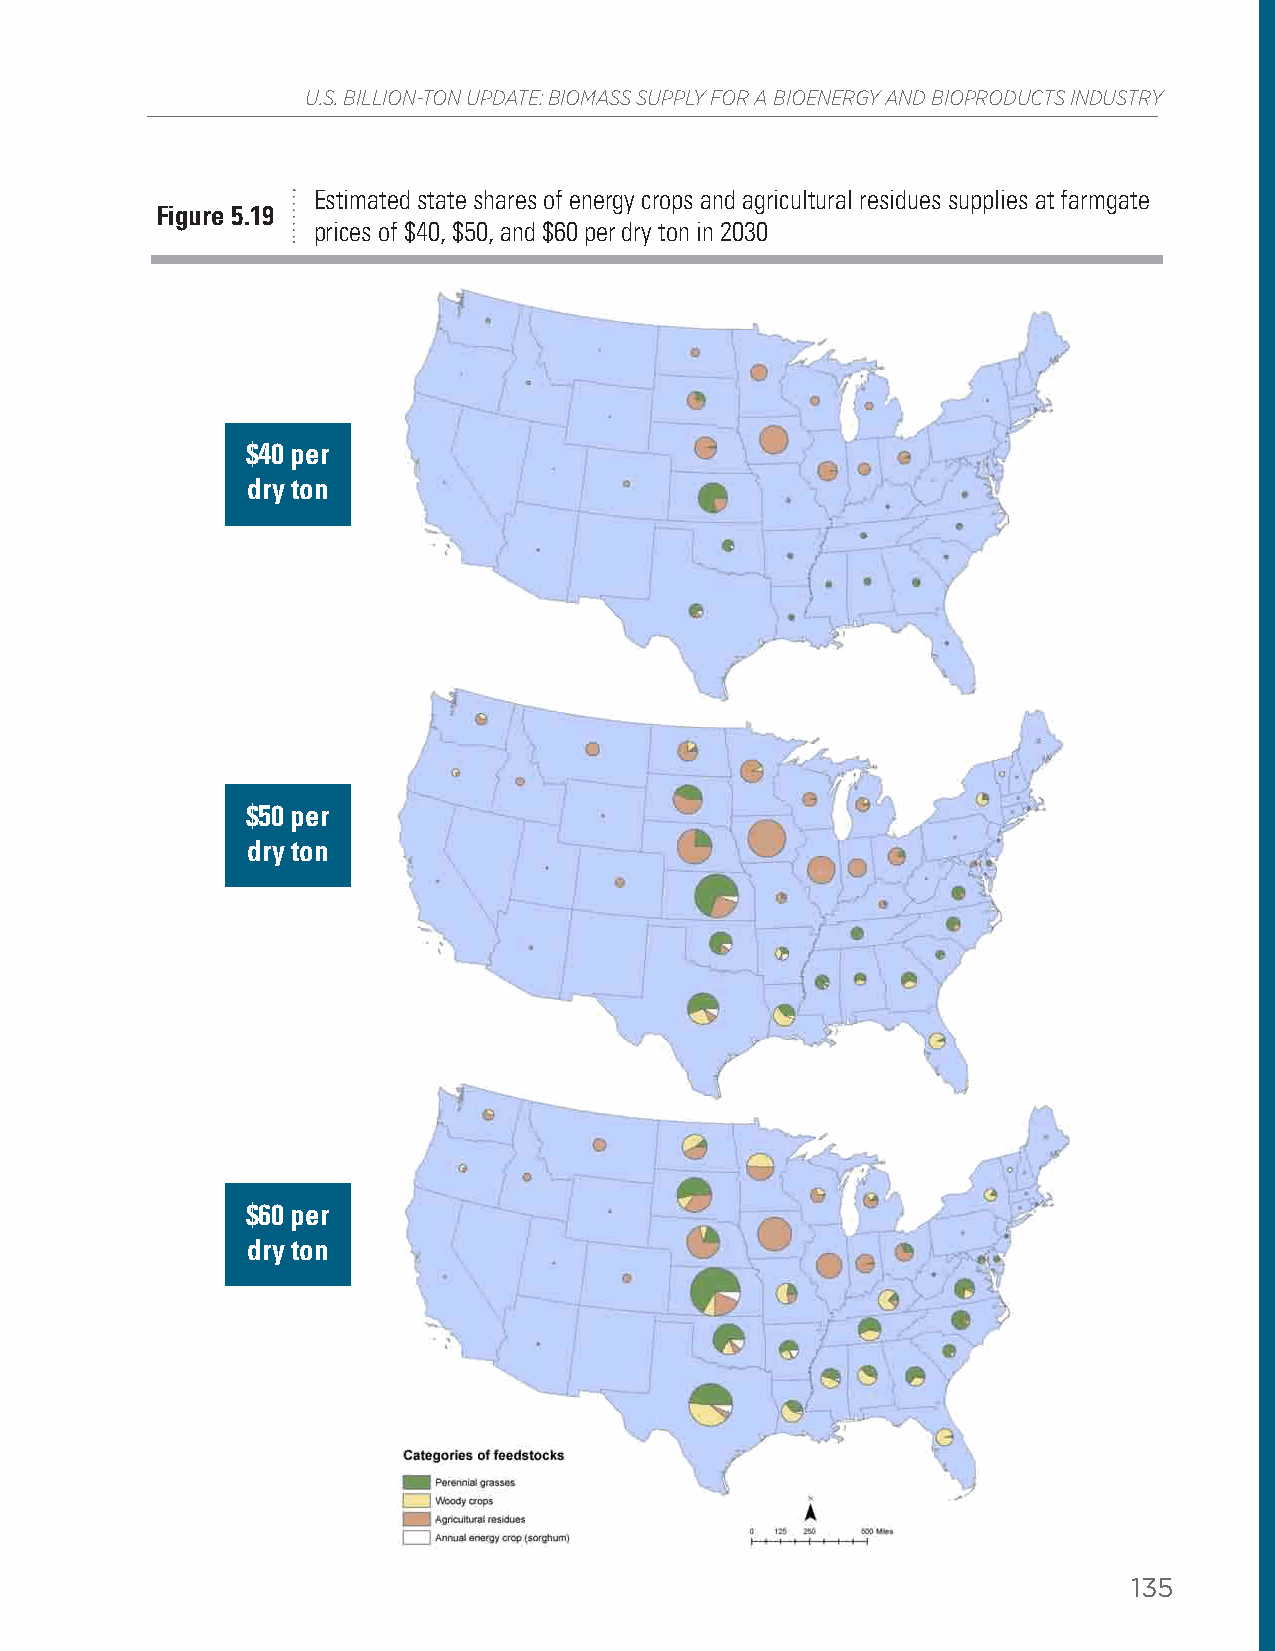
U.S. BILLION-TON UPDATE: BIOMASS SUPPLY FOR A BIOENERGY AND BIOPRODUCTS INDUSTRY
 Estimated state shares of energy crops and agricultural residues supplies at farmgate
 Figure 5.19
 prices of $40, $50, and $60 per dry ton in 2030
 $40 per
 dry ton
 $50 per
 dry ton
 $60 per
 dry ton
 135